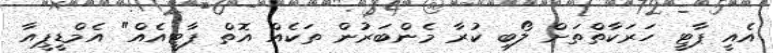
އެއީ ޕާޓީ ހަރަކާތްތަށް ލޯބި ކުރާ މެންބަރުން ތަކެއް އޮތް ޕާޓީއެއް" އެމްޑީޕީއާ